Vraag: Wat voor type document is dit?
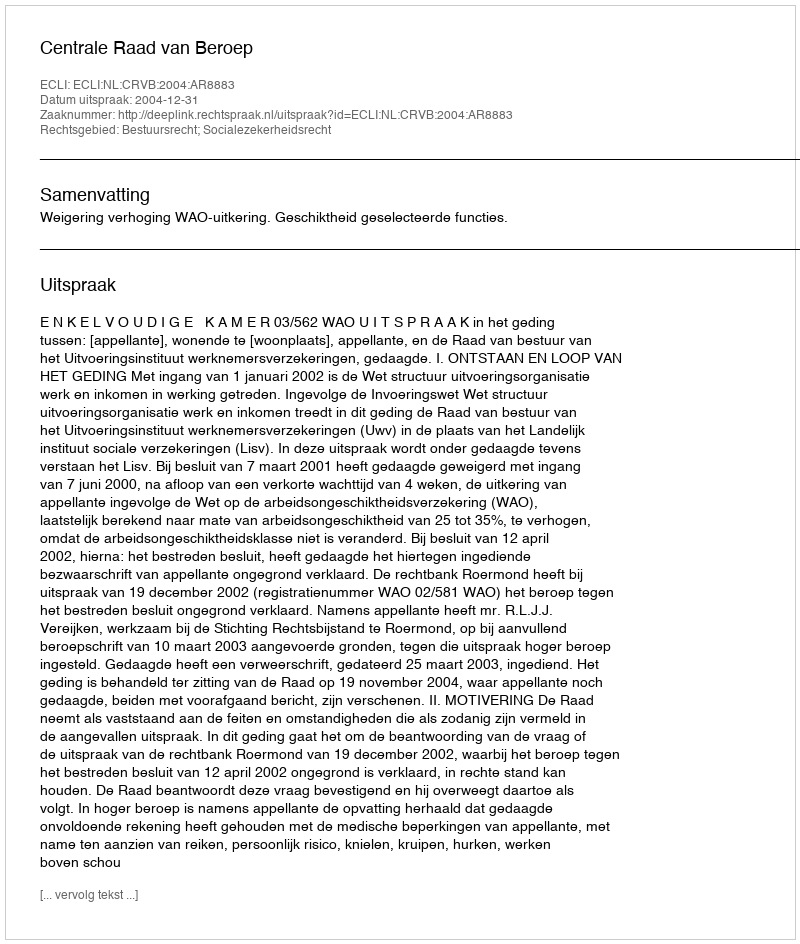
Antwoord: Uitspraak